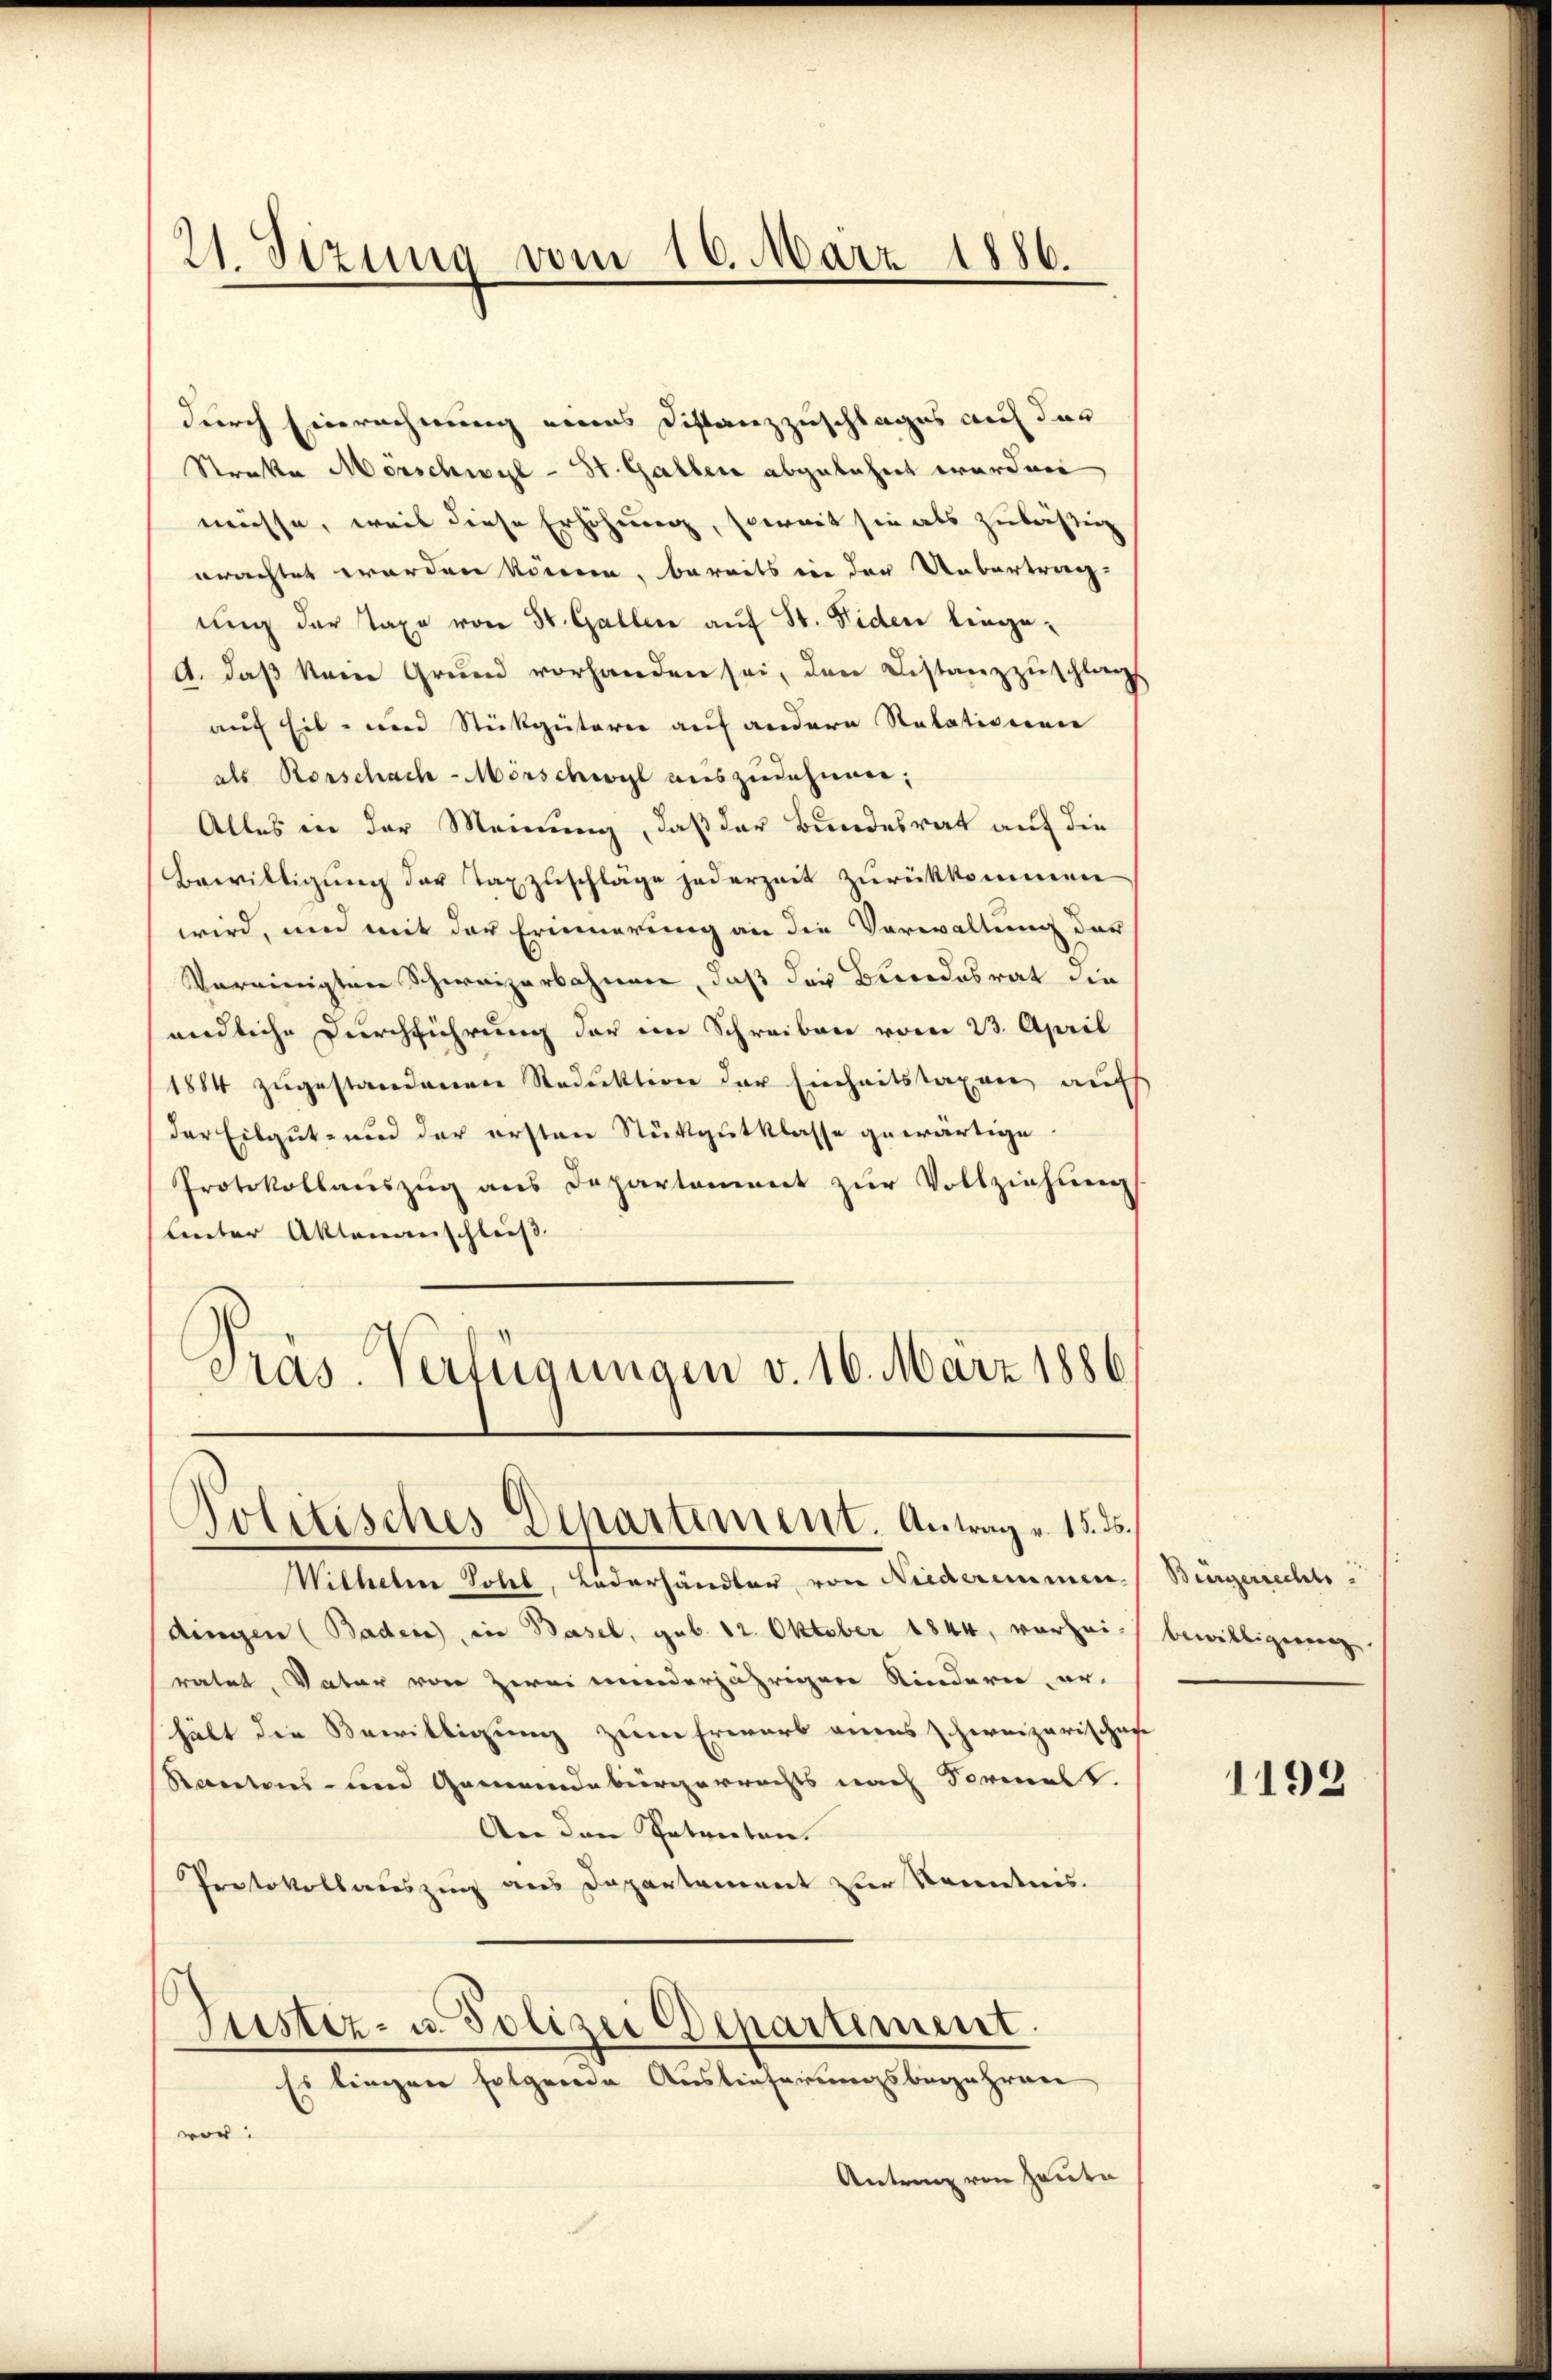
21. Sizung vom 16. März 1886.

durch Einrechnung eines Distanzzuschlages auf der
Streke Mörschwyl - St. Galler abgelehnt worden
müsse, weil diese Erhöhung, soweit sie als zuläßig
orachtet worden könne, bereits in der Uebertragung der Taxe von St. Gallen auf St. Fiden liege¬
A. daß kein Grund vorhanden sei, den Distanzzuschlags
auf Eil- und Stickgütern auf andere Natationen
als Rorschach-Mörschwyl auszudehnen;
Alles in der Meinung, daß der Bundesrat auf die
Bewilligung der Taxzuschläge jederzeit zurükkommen
wird, und mit der Erinnerung an die Vorwaltung der
Vereinigten Schweizerbahnen, daß der Beendesrat die
endliche Durchführung der ein Schreiben vom 23. April
1884 zugestandenen Reduktion der Einheitstaxen auf
der Eilgut- und der ersten Stükgutklasse gewärtige
Protokollaŭszŭg ans Departement zŭr Vollziehung
Lnter Aktenanschluß
Präs. Verfügungen v. 16. März 1886

Politisches Departement. Antrag v. 15. ds.

Wilhelm Sohl, Lederhändler, von Niederemmen. Bürgerrechts
dingen (Baden, in Basel, geb. 12. Oktober 1844, vorzeich bewilligerung
ratet, Vater von zwei minderjährigere Kindern, erhält die Bewilligung zum Erwarb ains schreizerisches
Kantons- und Gemeindebürgerrechts nach Formelt.
An den Intreten.
Protokollauszug aus Departement zur Kenntnis.
Justiz- u. Polizei Departement.
Es lingen folgende Auslieferungsbegehren
vor.
Antrag von Haute

1192